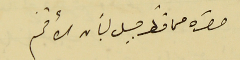
حضرة محافظ جبل لبنان الأفخم